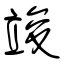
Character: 竣